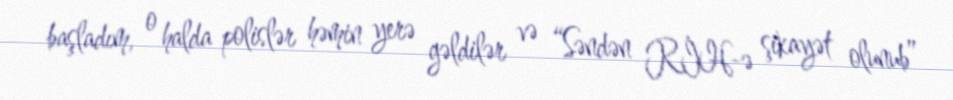
başladım, o halda polislər həmin yerə gəldilər və “Səndən RİH-ə şikayət olunub”